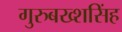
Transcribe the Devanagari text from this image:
गुरुबख्शसिंह